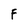
Character: F